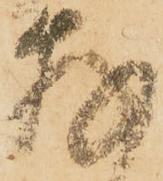
存